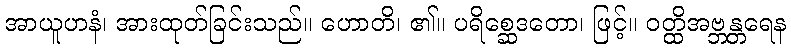
အာယူဟနံ၊ အားထုတ်ခြင်းသည်။ ဟောတိ၊ ၏။ ပရိစ္ဆေဒတော၊ ဖြင့်။ ဝတ္ထိအဗ္ဘန္တရေန